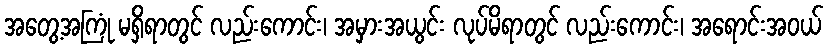
အတွေ့အကြုံ မရှိရာတွင် လည်းကောင်း၊ အမှားအယွင်း လုပ်မိရာတွင် လည်းကောင်း၊ အရောင်းအဝယ်